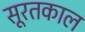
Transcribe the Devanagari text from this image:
सूरतकाल